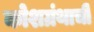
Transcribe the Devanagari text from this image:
कोशग्रंथाची